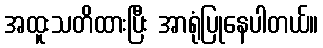
အထူးသတိထားပြီး အာရုံပြုနေပါတယ်။